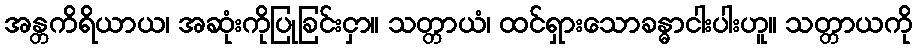
အန္တကိရိယာယ၊ အဆုံးကိုပြုခြင်းငှာ။ သတ္တာယံ၊ ထင်ရှားသောခန္ဓာငါးပါးဟူ။ သတ္တာယကို